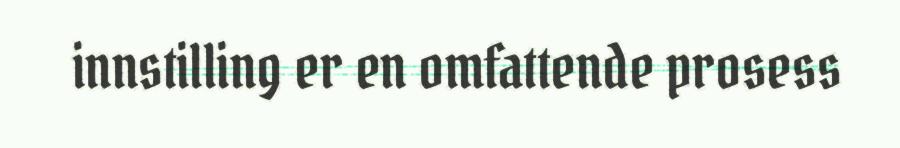
innstilling er en omfattende prosess